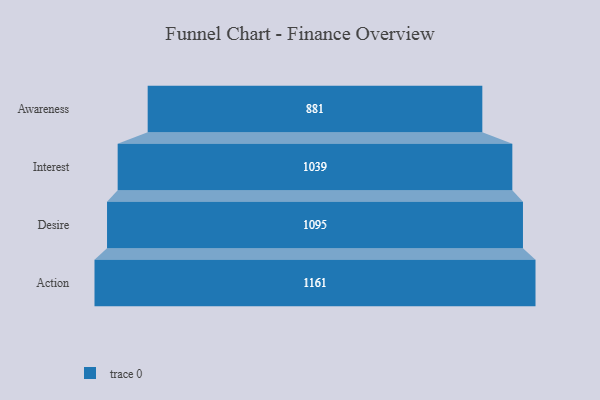
{"axis": {"x": "Stage", "y": "Value"}, "legend": [""], "data": [{"x": "Awareness", "y": 881.0, "type": ""}, {"x": "Interest", "y": 1039.0, "type": ""}, {"x": "Desire", "y": 1095.0, "type": ""}, {"x": "Action", "y": 1161.0, "type": ""}]}